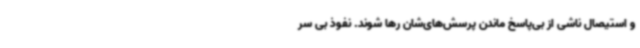
و استیصال ناشی از بی‌پاسخ ماندن پرسش‌های‌شان رها شوند. نفوذ بی سر